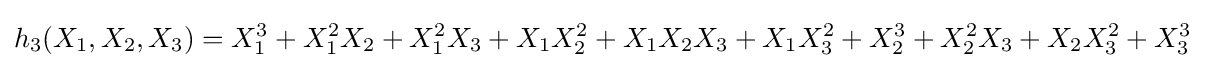
h_{3}(X_{1},X_{2},X_{3})=X_{1}^{3}+X_{1}^{2}X_{2}+X_{1}^{2}X_{3}+X_{1}X_{2}^{2}+X_{1}X_{2}X_{3}+X_{1}X_{3}^{2}+X_{2}^{3}+X_{2}^{2}X_{3}+X_{2}X_{3}^{2}+X_{3}^{3}